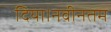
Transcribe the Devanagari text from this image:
दिया।नवीनतम